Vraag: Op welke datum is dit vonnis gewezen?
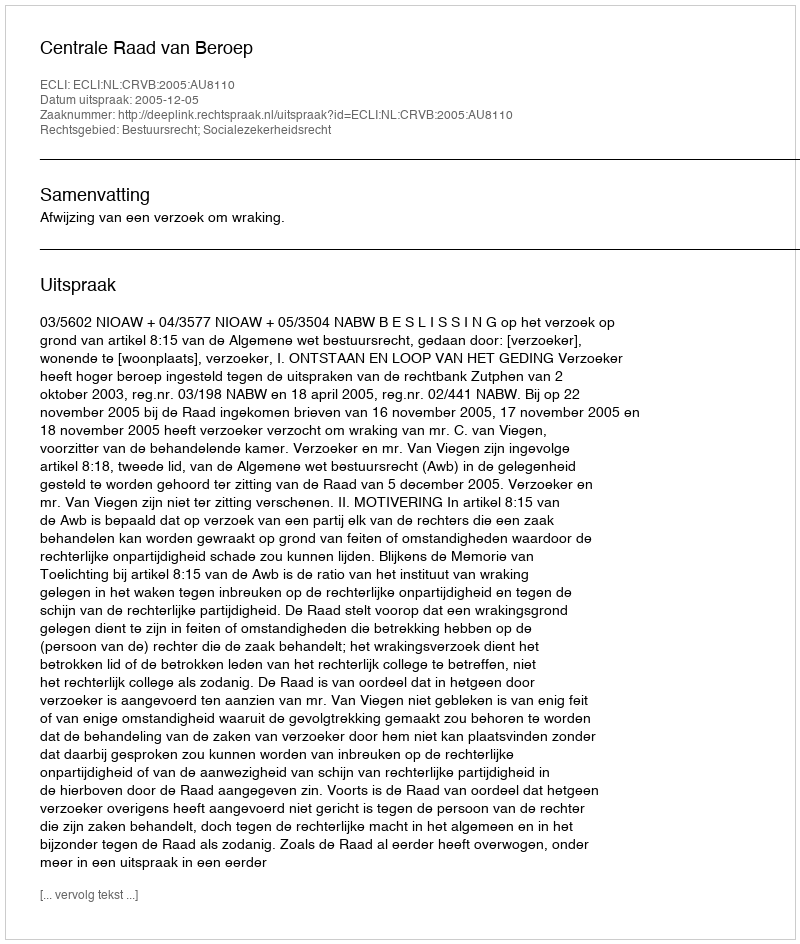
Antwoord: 2005-12-05